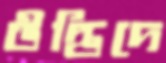
উদ্ভিদে